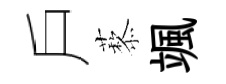
戶藜颯